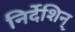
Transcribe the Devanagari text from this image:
निर्देशिन्